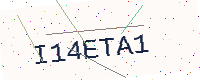
Text: I14ETA1